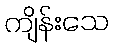
ကျိန်းသေ